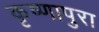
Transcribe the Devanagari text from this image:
कृष्णापुरा